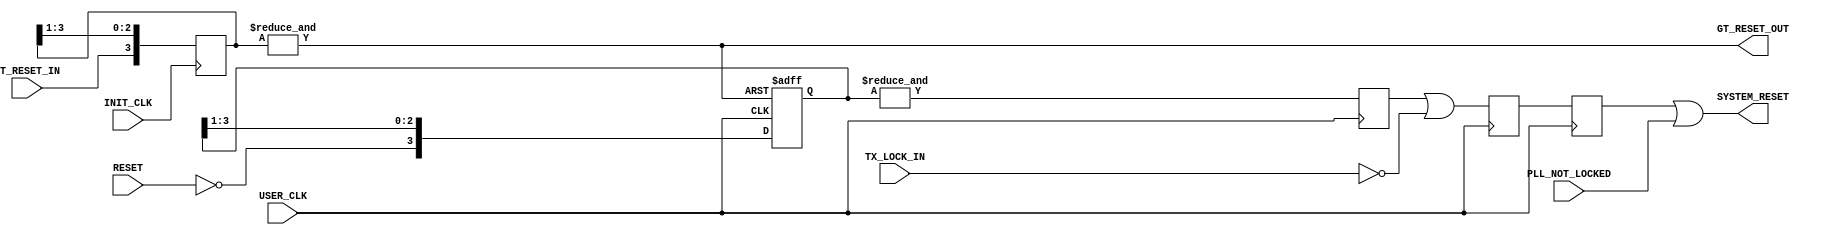
///////////////////////////////////////////////////////////////////////////////
// (c) Copyright 2008 Xilinx, Inc. All rights reserved.
//
// This file contains confidential and proprietary information
// of Xilinx, Inc. and is protected under U.S. and
// international copyright and other intellectual property
// laws.
//
// DISCLAIMER
// This disclaimer is not a license and does not grant any
// rights to the materials distributed herewith. Except as
// otherwise provided in a valid license issued to you by
// Xilinx, and to the maximum extent permitted by applicable
// law: (1) THESE MATERIALS ARE MADE AVAILABLE "AS IS" AND
// WITH ALL FAULTS, AND XILINX HEREBY DISCLAIMS ALL WARRANTIES
// AND CONDITIONS, EXPRESS, IMPLIED, OR STATUTORY, INCLUDING
// BUT NOT LIMITED TO WARRANTIES OF MERCHANTABILITY, NON-
// INFRINGEMENT, OR FITNESS FOR ANY PARTICULAR PURPOSE; and
// (2) Xilinx shall not be liable (whether in contract or tort,
// including negligence, or under any other theory of
// liability) for any loss or damage of any kind or nature
// related to, arising under or in connection with these
// materials, including for any direct, or any indirect,
// special, incidental, or consequential loss or damage
// (including loss of data, profits, goodwill, or any type of
// loss or damage suffered as a result of any action brought
// by a third party) even if such damage or loss was
// reasonably foreseeable or Xilinx had been advised of the
// possibility of the same.
//
// CRITICAL APPLICATIONS
// Xilinx products are not designed or intended to be fail-
// safe, or for use in any application requiring fail-safe
// performance, such as life-support or safety devices or
// systems, Class III medical devices, nuclear facilities,
// applications related to the deployment of airbags, or any
// other applications that could lead to death, personal
// injury, or severe property or environmental damage
// (individually and collectively, "Critical
// Applications"). Customer assumes the sole risk and
// liability of any use of Xilinx products in Critical
// Applications, subject only to applicable laws and
// regulations governing limitations on product liability.
//
// THIS COPYRIGHT NOTICE AND DISCLAIMER MUST BE RETAINED AS
// PART OF THIS FILE AT ALL TIMES.
// 
// 
///////////////////////////////////////////////////////////////////////////////
//
//  AURORA RESET LOGIC
//
//
//
//  Description: RESET logic generation using Debouncer
//
//         
`timescale 1 ns / 1 ps
(* core_generation_info = "aurora_8b10b_v5_2,aurora_8b10b_v5_2,{backchannel_mode=Sidebands, c_aurora_lanes=4, c_column_used=left, c_gt_clock_1=GTXQ0, c_gt_clock_2=None, c_gt_loc_1=1, c_gt_loc_10=X, c_gt_loc_11=X, c_gt_loc_12=X, c_gt_loc_13=X, c_gt_loc_14=X, c_gt_loc_15=X, c_gt_loc_16=X, c_gt_loc_17=X, c_gt_loc_18=X, c_gt_loc_19=X, c_gt_loc_2=2, c_gt_loc_20=X, c_gt_loc_21=X, c_gt_loc_22=X, c_gt_loc_23=X, c_gt_loc_24=X, c_gt_loc_25=X, c_gt_loc_26=X, c_gt_loc_27=X, c_gt_loc_28=X, c_gt_loc_29=X, c_gt_loc_3=4, c_gt_loc_30=X, c_gt_loc_31=X, c_gt_loc_32=X, c_gt_loc_33=X, c_gt_loc_34=X, c_gt_loc_35=X, c_gt_loc_36=X, c_gt_loc_37=X, c_gt_loc_38=X, c_gt_loc_39=X, c_gt_loc_4=3, c_gt_loc_40=X, c_gt_loc_41=X, c_gt_loc_42=X, c_gt_loc_43=X, c_gt_loc_44=X, c_gt_loc_45=X, c_gt_loc_46=X, c_gt_loc_47=X, c_gt_loc_48=X, c_gt_loc_5=X, c_gt_loc_6=X, c_gt_loc_7=X, c_gt_loc_8=X, c_gt_loc_9=X, c_lane_width=2, c_line_rate=3.125, c_nfc=false, c_nfc_mode=IMM, c_refclk_frequency=125.0, c_simplex=false, c_simplex_mode=TX, c_stream=false, c_ufc=false, flow_mode=None, interface_mode=Framing, dataflow_config=Duplex}" *)
module aurora_8b10b_v5_2_RESET_LOGIC
(
    // User IO
    RESET,
    USER_CLK,
	 INIT_CLK,
//    INIT_CLK_P,
//    INIT_CLK_N,
    GT_RESET_IN,
    TX_LOCK_IN,
    PLL_NOT_LOCKED,

    SYSTEM_RESET,
    GT_RESET_OUT
);


//***********************************Port Declarations*******************************
    // User I/O
    input              RESET;
    input              USER_CLK;
	 input				  INIT_CLK;
//    input              INIT_CLK_P;
//    input              INIT_CLK_N;
    (* ASYNC_REG = "TRUE" *)
    input              GT_RESET_IN;
    input              TX_LOCK_IN;
    input              PLL_NOT_LOCKED;

    output             SYSTEM_RESET;
    output             GT_RESET_OUT;

//**************************Internal Register Declarations****************************
    reg     [0:3]      reset_debounce_r;
    reg     [0:3]      debounce_gt_rst_r;
    reg                reset_debounce_r2;
    reg                reset_debounce_r3;
    reg                reset_debounce_r4;
    wire               SYSTEM_RESET;
//********************************Wire Declarations**********************************

    wire               init_clk_i;
    wire               gt_rst_r; 

//*********************************Main Body of Code**********************************


//_________________Debounce the Reset and PMA init signal___________________________
// Simple Debouncer for Reset button. The debouncer has an
// asynchronous reset tied to GT_RESET_IN. This is primarily for simulation, to ensure
// that unknown values are not driven into the reset line

    always @(posedge USER_CLK or posedge gt_rst_r)
        if(gt_rst_r)
            reset_debounce_r    <=  4'b1111;    
        else
            reset_debounce_r    <=  {!RESET,reset_debounce_r[0:2]}; //Note: Using active low reset

    always @ (posedge USER_CLK)
    begin
      reset_debounce_r2 <= &reset_debounce_r;
      reset_debounce_r3 <= reset_debounce_r2 || !TX_LOCK_IN;
      reset_debounce_r4 <= reset_debounce_r3;
    end

    assign SYSTEM_RESET = reset_debounce_r4 || PLL_NOT_LOCKED;



 assign init_clk_i = INIT_CLK; 

// Assign an IBUFDS to INIT_CLK
// IBUFDS init_clk_ibufg_i
// (
// .I(INIT_CLK_P),
// .IB(INIT_CLK_N),
// .O(init_clk_i)
// );
// Debounce the GT_RESET_IN signal using the INIT_CLK
    always @(posedge init_clk_i)
        debounce_gt_rst_r <=  {GT_RESET_IN,debounce_gt_rst_r[0:2]};

    assign  gt_rst_r        =   &debounce_gt_rst_r;
    assign  GT_RESET_OUT    =   gt_rst_r;

endmodule